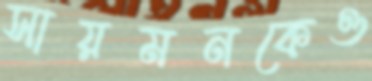
সায়মনকেও